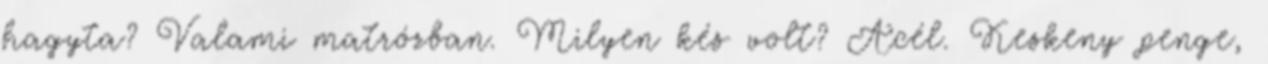
hagyta? Valami matrózban. Milyen kés volt? Acél. Keskeny penge,